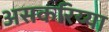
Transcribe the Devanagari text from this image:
असकरिय्या